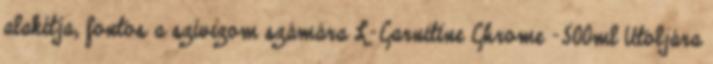
alakítja, fontos a szívizom számára L-Carnitine Chrome -500ml Utoljára